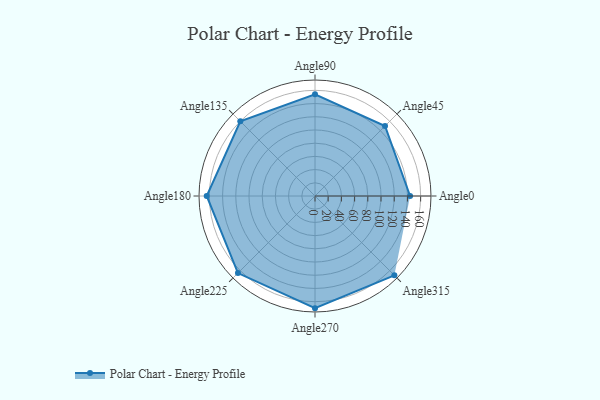
{"axis": {"x": "Angle", "y": "Radius"}, "legend": [""], "data": [{"x": "Angle0", "y": 144.0, "type": ""}, {"x": "Angle45", "y": 150.0, "type": ""}, {"x": "Angle90", "y": 154.0, "type": ""}, {"x": "Angle135", "y": 160.0, "type": ""}, {"x": "Angle180", "y": 164.0, "type": ""}, {"x": "Angle225", "y": 165.0, "type": ""}, {"x": "Angle270", "y": 170.0, "type": ""}, {"x": "Angle315", "y": 170, "type": ""}]}